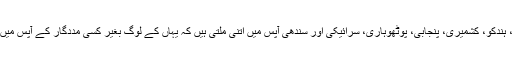
اس خطے کی زبانیں شینا، بلتی، ہندکو، کشمیری، پنجابی، پوٹھوہاری، سرائیکی اور سندھی آپس میں اتنی ملتی ہیں کہ یہاں کے لوگ بغیر کسی مددگار کے آپس میں باتیں کر اور سمجھ سکتے ہیں۔